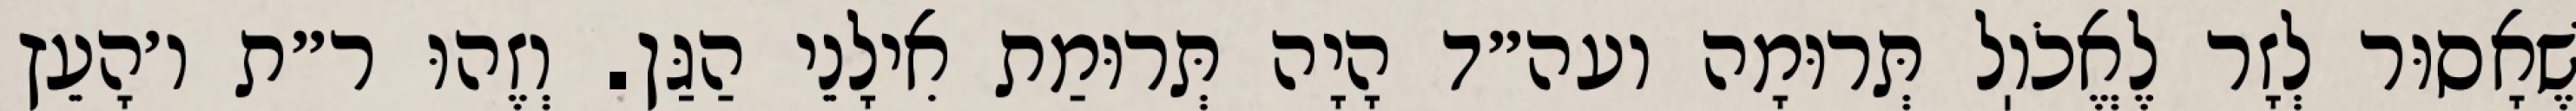
שֶׁאָסוּר לְזָר לֶאֱכֹוֽל תְּרוּמָה ועה״ד הָיָה תְּרוּמַת אִילָנֵי הַגַּן. וְזֶהוּ ר״ת ו׳הָעֵץ